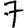
Digit: 7